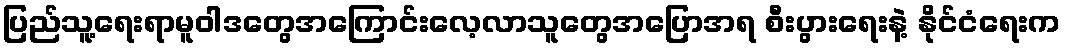
ပြည်သူ့ရေးရာမူဝါဒတွေအကြောင်းလေ့လာသူတွေအပြောအရ စီးပွားရေးနဲ့ နိုင်ငံရေးက